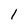
Character: l